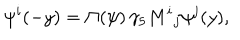
\psi ^ { i } ( - y ) = \Pi ( \psi ) \, \gamma _ { 5 } M ^ { i } { } _ { j } \psi ^ { j } ( y ) ,